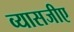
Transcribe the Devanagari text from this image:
व्यासजीए